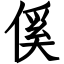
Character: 傒